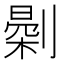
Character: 𠟘